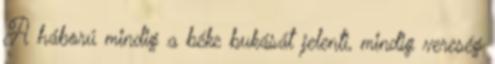
A háború mindig a béke bukását jelenti, mindig vereség